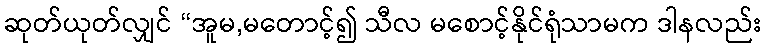
ဆုတ်ယုတ်လျှင် “အူမ,မတောင့်၍ သီလ မစောင့်နိုင်ရုံသာမက ဒါနလည်း